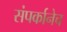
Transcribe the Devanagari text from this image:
संपर्कानेच